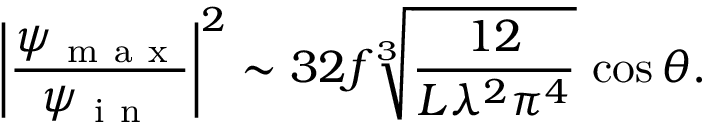
\left| \frac { \psi _ { \mathrm { ~ m ~ a ~ x ~ } } } { \psi _ { \mathrm { ~ i ~ n ~ } } } \right| ^ { 2 } \sim 3 2 f \sqrt [ 3 ] { \frac { 1 2 } { L \lambda ^ { 2 } \pi ^ { 4 } } } \, \cos \theta .